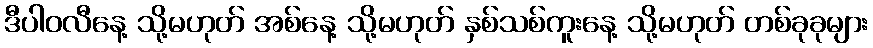
ဒီပါဝလီနေ့ သို့မဟုတ် အစ်နေ့ သို့မဟုတ် နှစ်သစ်ကူးနေ့ သို့မဟုတ် တစ်ခုခုများ